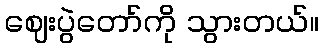
ဈေးပွဲတော်ကို သွားတယ်။